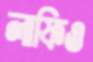
লাফিও